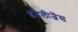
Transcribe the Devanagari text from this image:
इंटैलीजेंस